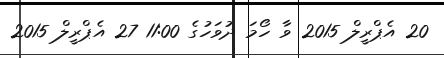
20 އެޕްރީލް 2015 ވާ ހޯމަ ދުވަހުގެ 11:00 27 އެޕްރީލް 2015